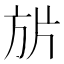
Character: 𭤬